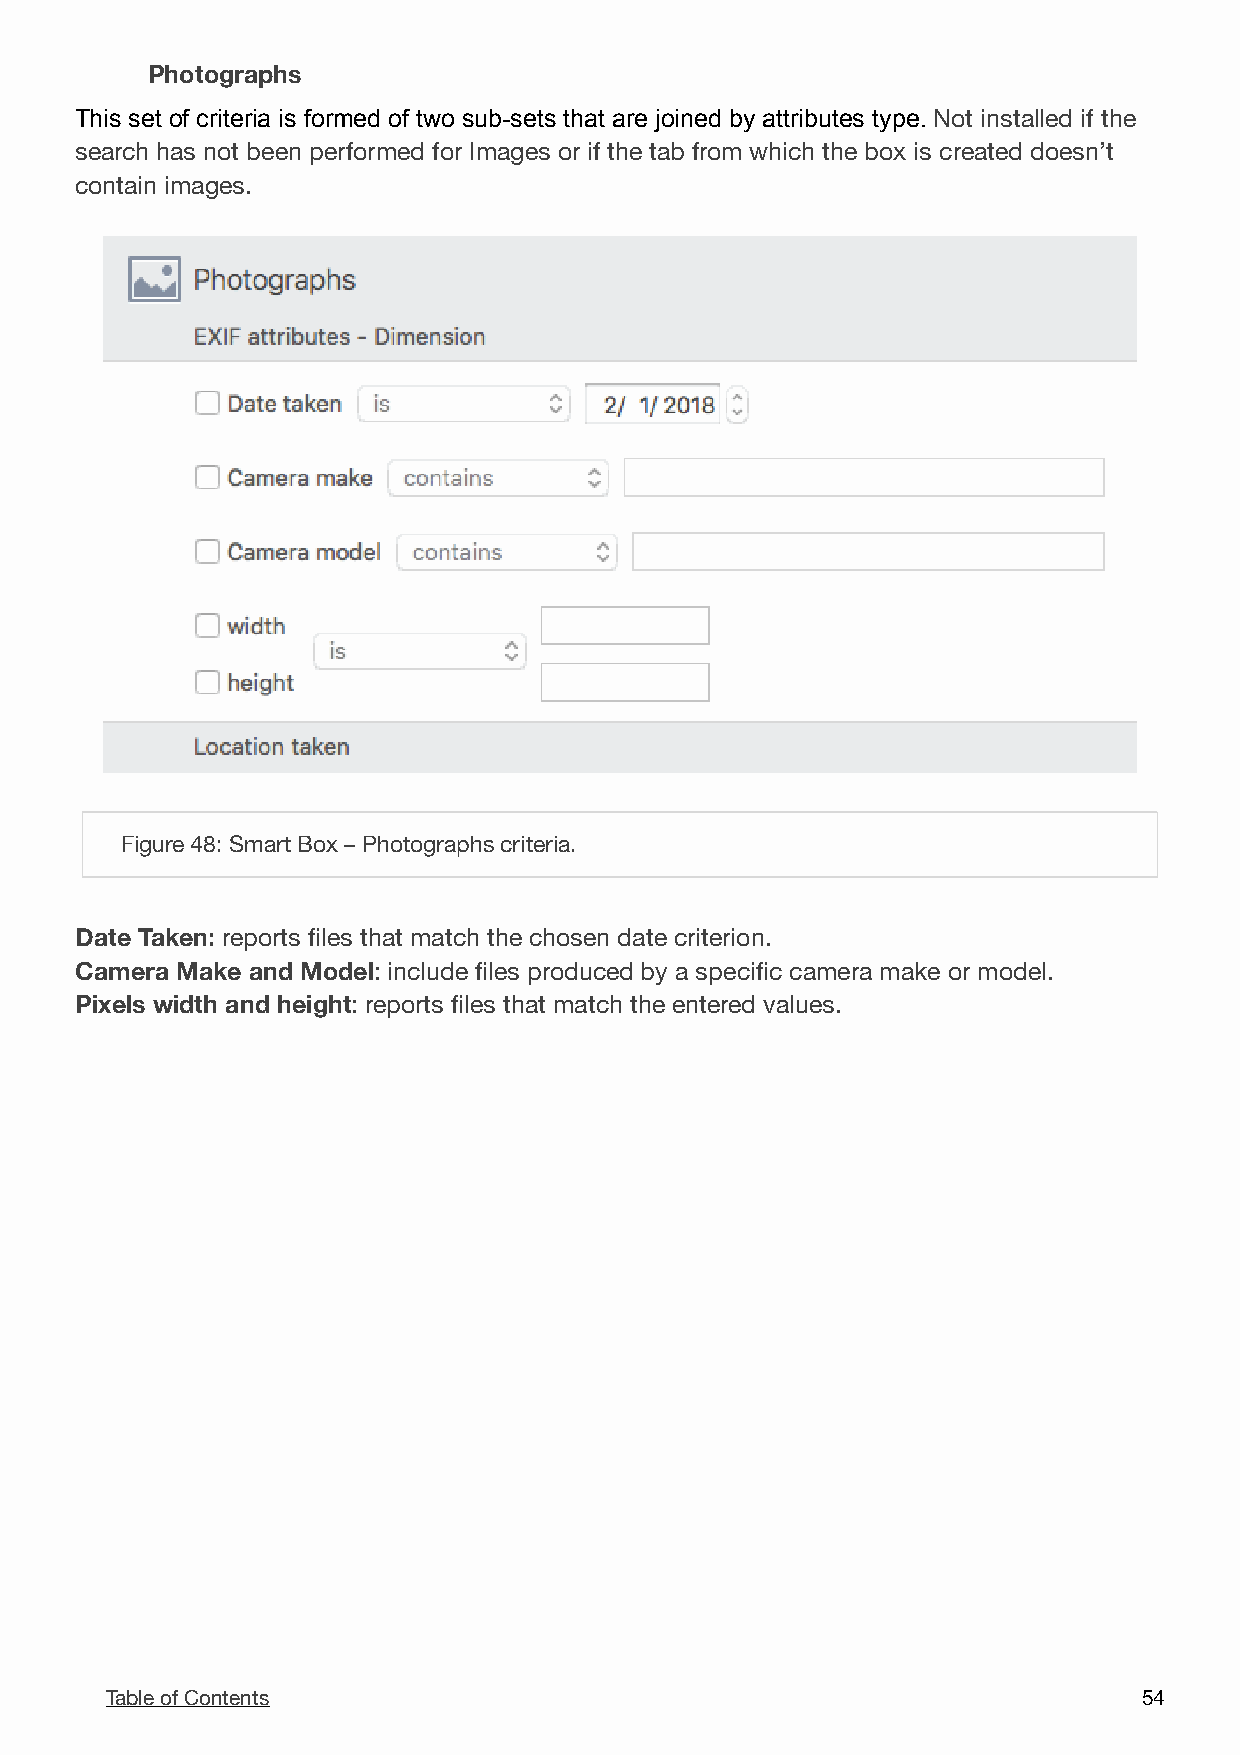
Photographs
 This set of criteria is formed of two sub-sets that are joined by attributes type. Not installed if the
 search has not been performed for Images or if the tab from which the box is created doesn’t
 contain images.
 !
 Figure 48: Smart Box – Photographs criteria.
 Date Taken: reports files that match the chosen date criterion.
 Camera Make and Model: include files produced by a specific camera make or model.
 Pixels width and height: reports files that match the entered values.
 Table of Contents                                                    5 4